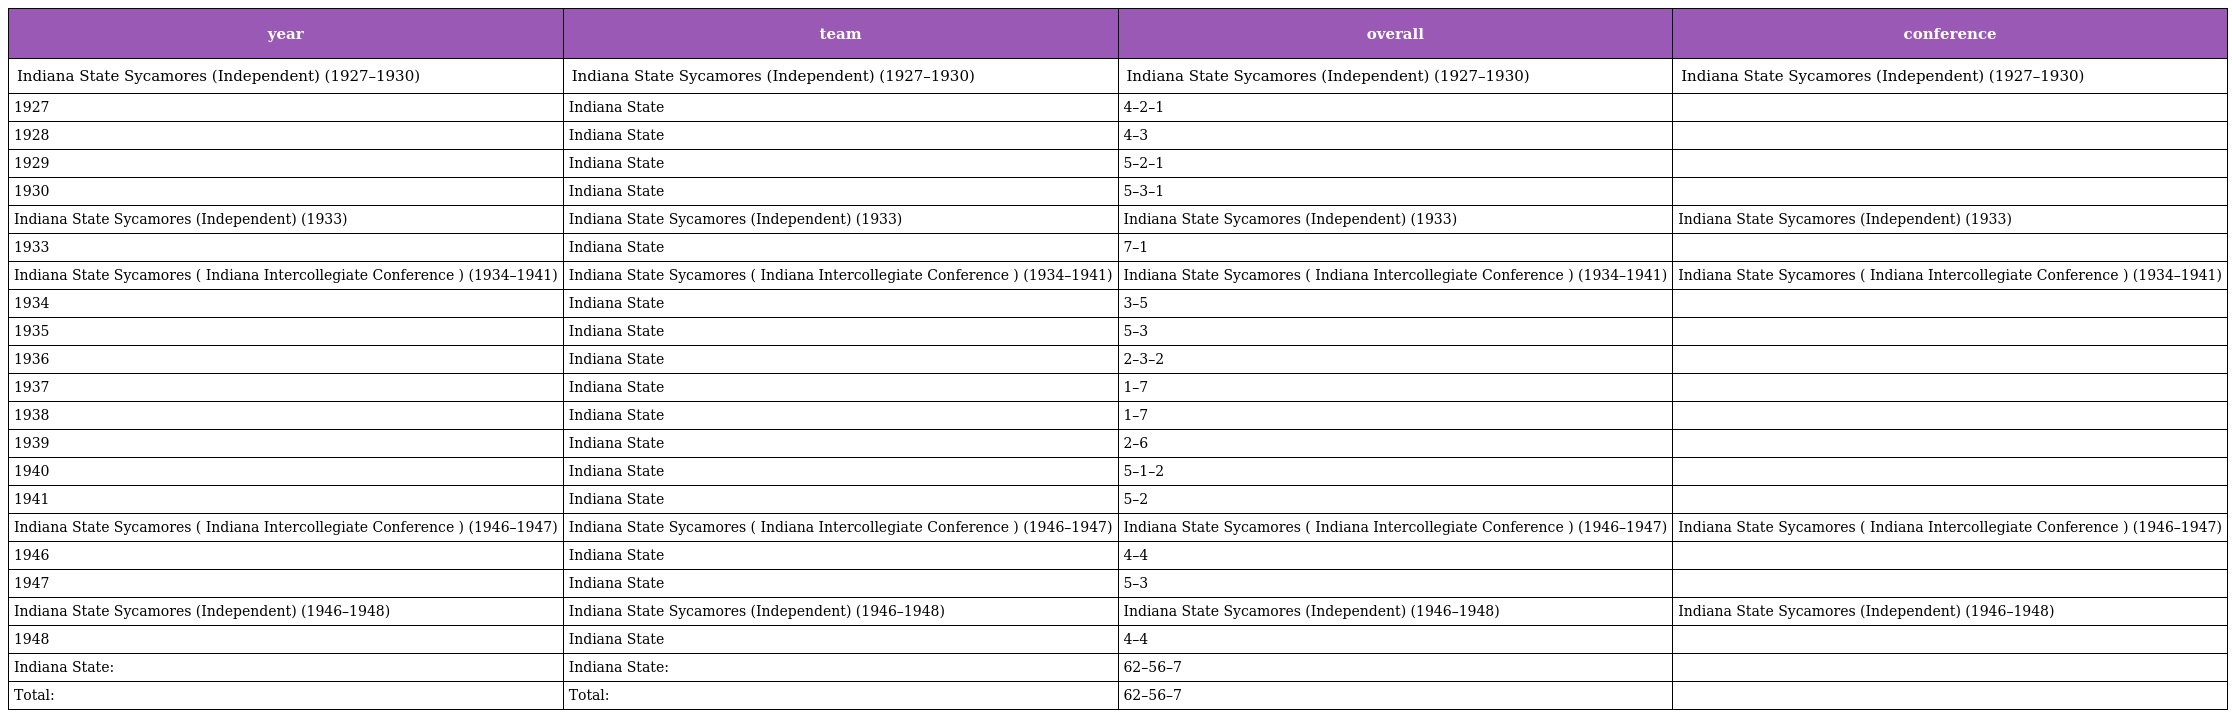
| year | team | overall | conference |
 | --- | --- | --- | --- |
 | Indiana State Sycamores (Independent) (1927–1930) | Indiana State Sycamores (Independent) (1927–1930) | Indiana State Sycamores (Independent) (1927–1930) | Indiana State Sycamores (Independent) (1927–1930) |
 | 1927 | Indiana State | 4–2–1 |  |
 | 1928 | Indiana State | 4–3 |  |
 | 1929 | Indiana State | 5–2–1 |  |
 | 1930 | Indiana State | 5–3–1 |  |
 | Indiana State Sycamores (Independent) (1933) | Indiana State Sycamores (Independent) (1933) | Indiana State Sycamores (Independent) (1933) | Indiana State Sycamores (Independent) (1933) |
 | 1933 | Indiana State | 7–1 |  |
 | Indiana State Sycamores ( Indiana Intercollegiate Conference ) (1934–1941) | Indiana State Sycamores ( Indiana Intercollegiate Conference ) (1934–1941) | Indiana State Sycamores ( Indiana Intercollegiate Conference ) (1934–1941) | Indiana State Sycamores ( Indiana Intercollegiate Conference ) (1934–1941) |
 | 1934 | Indiana State | 3–5 |  |
 | 1935 | Indiana State | 5–3 |  |
 | 1936 | Indiana State | 2–3–2 |  |
 | 1937 | Indiana State | 1–7 |  |
 | 1938 | Indiana State | 1–7 |  |
 | 1939 | Indiana State | 2–6 |  |
 | 1940 | Indiana State | 5–1–2 |  |
 | 1941 | Indiana State | 5–2 |  |
 | Indiana State Sycamores ( Indiana Intercollegiate Conference ) (1946–1947) | Indiana State Sycamores ( Indiana Intercollegiate Conference ) (1946–1947) | Indiana State Sycamores ( Indiana Intercollegiate Conference ) (1946–1947) | Indiana State Sycamores ( Indiana Intercollegiate Conference ) (1946–1947) |
 | 1946 | Indiana State | 4–4 |  |
 | 1947 | Indiana State | 5–3 |  |
 | Indiana State Sycamores (Independent) (1946–1948) | Indiana State Sycamores (Independent) (1946–1948) | Indiana State Sycamores (Independent) (1946–1948) | Indiana State Sycamores (Independent) (1946–1948) |
 | 1948 | Indiana State | 4–4 |  |
 | Indiana State: | Indiana State: | 62–56–7 |  |
 | Total: | Total: | 62–56–7 |  |